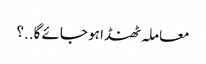
معاملہ ٹھنڈا ہو جائے گا..؟